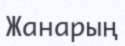
Жанарың